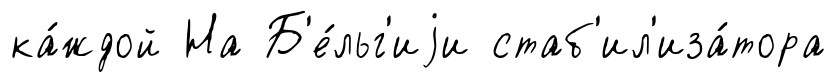
ка́ждой На Б'е́льг'иjи стаб'ил'иза́тора